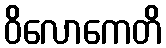
ဝိလောကေတိ